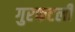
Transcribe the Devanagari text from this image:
गुरफटली